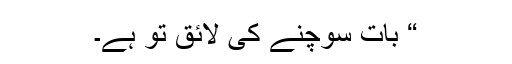
“ بات سوچنے کی لائق تو ہے۔